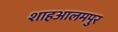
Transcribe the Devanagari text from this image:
शाहआलमपुर